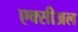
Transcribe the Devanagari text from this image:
एक्सीअल